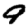
Digit: 9